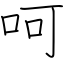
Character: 呵